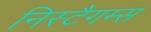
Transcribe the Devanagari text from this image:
निस्टैगम्स